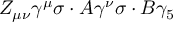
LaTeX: Z _ { \mu \nu } \gamma ^ { \mu } \sigma \cdot A \gamma ^ { \nu } \sigma \cdot B \gamma _ { 5 }